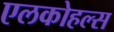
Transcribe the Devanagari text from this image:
एलकोहल्स